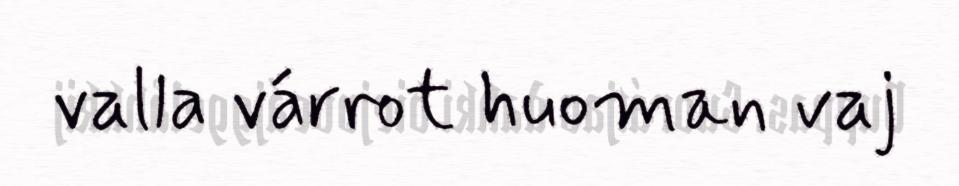
valla várrot huoman vaj